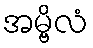
အမ္ဗိလံ